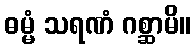
ဓမ္မံ သရဏံ ဂစ္ဆာမိ။